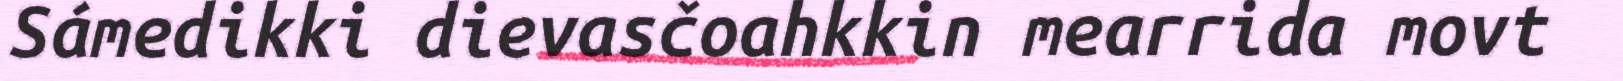
Sámedikki dievasčoahkkin mearrida movt